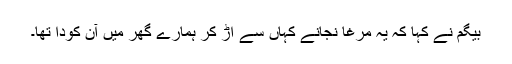
بیگم نے کہا کہ یہ مرغا نجانے کہاں سے اڑ کر ہمارے گھر میں آن کودا تھا۔